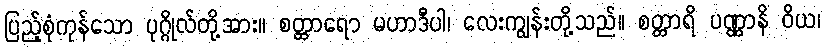
ပြည့်စုံကုန်သော ပုဂ္ဂိုလ်တို့အား။ စတ္တာရော မဟာဒီပါ၊ လေးကျွန်းတို့သည်။ စတ္တာရိ ပဏ္ဏာနိ ဝိယ၊